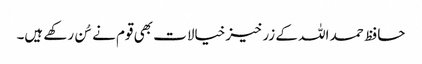
حافظ حمد اللہ کے زرخیز خیالات بھی قوم نے سُن رکھے ہیں۔